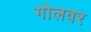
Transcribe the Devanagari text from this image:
गोलवर